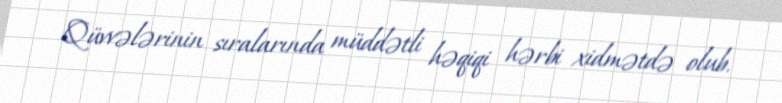
Qüvvələrinin sıralarında müddətli həqiqi hərbi xidmətdə olub.